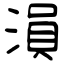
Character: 溳